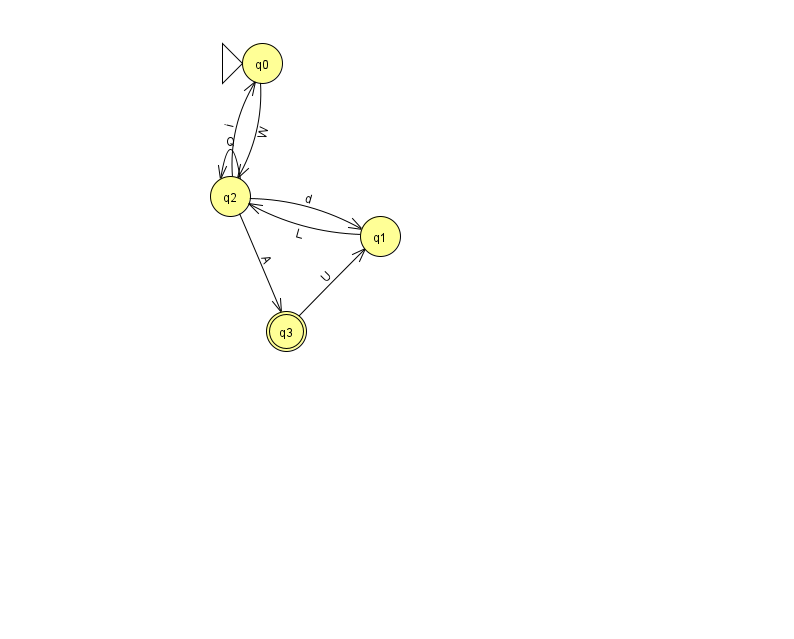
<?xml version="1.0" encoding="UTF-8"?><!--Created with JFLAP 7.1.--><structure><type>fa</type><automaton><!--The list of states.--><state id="0" name="q0"><x>262.0</x><y>50.0</y><initial/></state><state id="1" name="q1"><x>380.0</x><y>223.0</y></state><state id="2" name="q2"><x>230.0</x><y>183.0</y></state><state id="3" name="q3"><x>286.0</x><y>318.0</y><final/></state><!--The list of transitions.--><transition><from>1</from><to>2</to><read>L</read></transition><transition><from>2</from><to>2</to><read>Q</read></transition><transition><from>2</from><to>3</to><read>A</read></transition><transition><from>2</from><to>0</to><read>i</read></transition><transition><from>0</from><to>2</to><read>W</read></transition><transition><from>2</from><to>1</to><read>d</read></transition><transition><from>3</from><to>1</to><read>U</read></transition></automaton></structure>